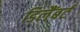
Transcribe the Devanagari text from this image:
डिलैंबर्ट